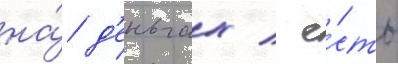
на́ д'еньгах / е́сть